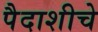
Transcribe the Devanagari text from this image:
पैदाशीचे